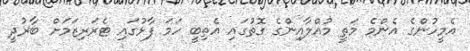
އެމީހުންގެ އެންމެ މަތީ މުއްލާއިންގެ ގޮތުގައި އެތިބީ ހަމަ ފާޅުގައި ޓެރަރިޒަމަށް ބާރުދީ